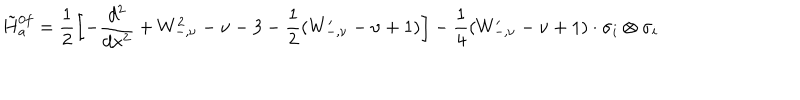
LaTeX: \tilde { H } { } _ { a } ^ { 0 f } = \frac { 1 } { 2 } \left[ - \frac { d ^ { 2 } } { d x ^ { 2 } } + W _ { - , \nu } ^ { 2 } - \nu - 3 - \frac { 1 } { 2 } ( W _ { - , \nu } ^ { \prime } - \nu + 1 ) \right] - \frac { 1 } { 4 } ( W _ { - , \nu } ^ { \prime } - \nu + 1 ) \cdot \sigma _ { i } \otimes \sigma _ { i }